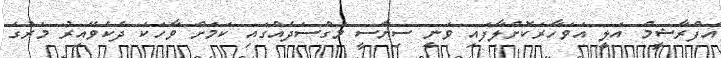
އަފްރާޝީމް އަލީ އަވަހާރަކޮށްލާފައި ވަނީ ސިޔާސީ މަގްސަދެއްގައި ކަމަށް ވާހަކަ ދެކެވޭއިރު މަރުގެ